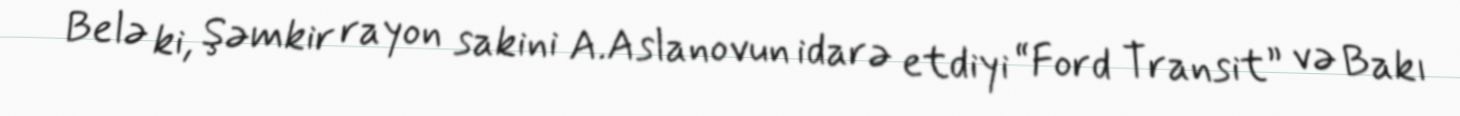
Belə ki, Şəmkir rayon sakini A.Aslanovun idarə etdiyi “Ford Transit” və Bakı